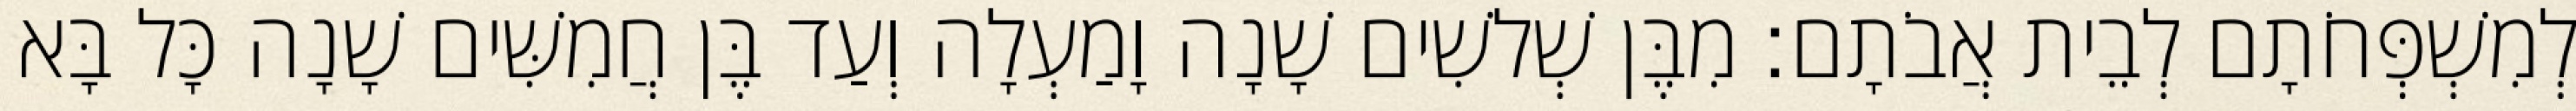
לְמִשְׁפְּחֹתָם לְבֵית אֲבֹתָם׃ מִבֶּן שְׁלשִׁים שָׁנָה וָמַעְלָה וְעַד בֶּן חֲמִשִּׁים שָׁנָה כָּל בָּא